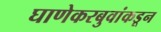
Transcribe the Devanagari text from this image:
घाणेकरबुवांकडून